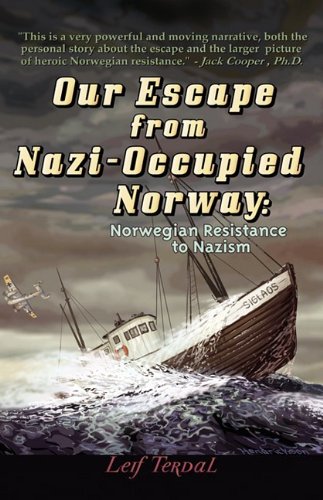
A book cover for Our Escape from Nazi-Occupied Norway: Norwegian Resistance to Nazism; Leif Terdal; Biographies & Memoirs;